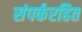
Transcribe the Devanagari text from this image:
संपर्करहित